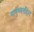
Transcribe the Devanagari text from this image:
मनुष्यरहित